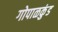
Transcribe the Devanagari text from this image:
गोपाळकुंड